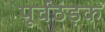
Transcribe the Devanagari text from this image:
पूर्वठंड़क